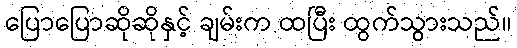
ပြောပြောဆိုဆိုနှင့် ချမ်းက ထပြီး ထွက်သွားသည်။